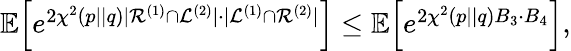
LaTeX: \begin{array}{r}{\mathbb{E}{\left[e^{2\chi^{2}(p||q)\vert{\cal R}^{\left(1\right)}\cap{\cal L}^{\left(2\right)}\vert\cdot\vert{\cal L}^{\left(1\right)}\cap{\cal R}^{\left(2\right)}\vert}\right]}\leq\mathbb{E}{\left[e^{2\chi^{2}(p||q)B_{3}\cdot B_{4}}\right]},}\end{array}